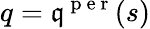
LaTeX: q=\mathfrak{q}^{\mathrm{~p~e~r~}}(s)